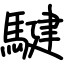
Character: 騝